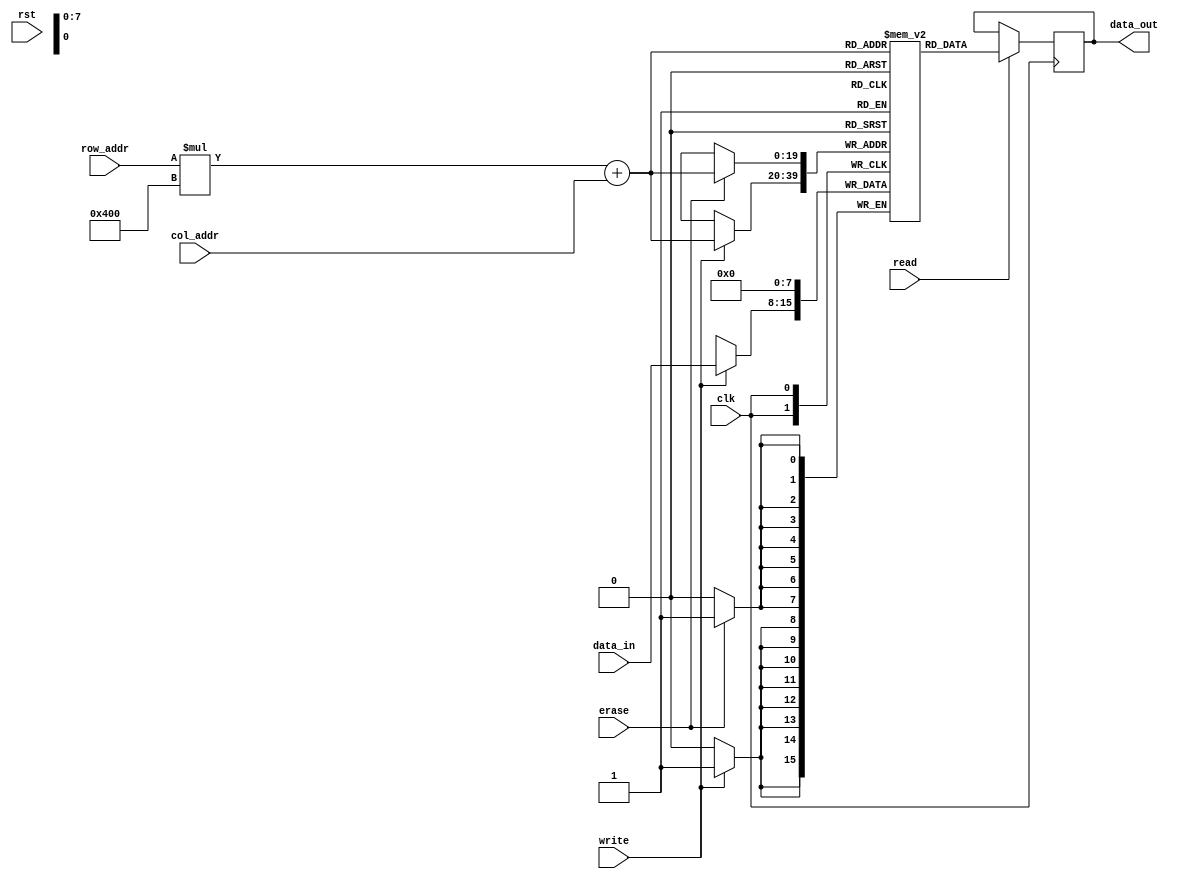
module EEPROM (
    input wire clk,
    input wire rst,
    input wire read,
    input wire write,
    input wire erase,
    input wire [row_width-1:0] row_addr,
    input wire [col_width-1:0] col_addr,
    input wire [data_width-1:0] data_in,
    output wire [data_width-1:0] data_out
);

// Define parameters
parameter row_width = 10;
parameter col_width = 10;
parameter data_width = 8;
parameter total_rows = 2**row_width;
parameter total_cols = 2**col_width;

// Define memory array
reg [data_width-1:0] memory [0:total_rows-1][0:total_cols-1];

// Define internal signals
reg [data_width-1:0] read_data;
reg [data_width-1:0] write_data;

// Read operation
always @ (posedge clk) begin
    if (read) begin
        read_data = memory[row_addr][col_addr];
        data_out <= read_data;
    end
end

// Write operation
always @ (posedge clk) begin
    if (write) begin
        memory[row_addr][col_addr] <= data_in;
    end
end

// Erase operation
always @ (posedge clk) begin
    if (erase) begin
        memory[row_addr][col_addr] <= 0;
    end
end

endmodule